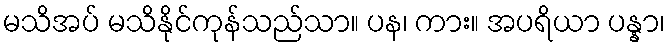
မသိအပ် မသိနိုင်ကုန်သည်သာ။ ပန၊ ကား။ အပရိယာ ပန္နာ၊